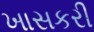
ખાસકરી